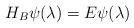
LaTeX: \begin{align*}H_B \psi(\lambda) = E \psi(\lambda)\end{align*}